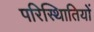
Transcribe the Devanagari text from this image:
परिस्थिातियों